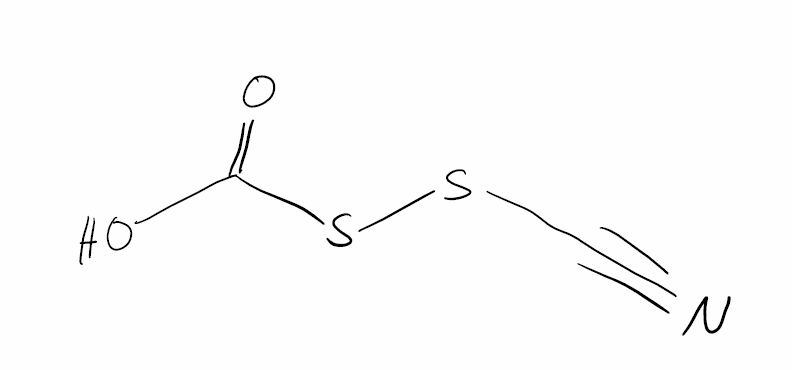
Simplified molecular-input line-entry system (SMILES) notation of the given molecule:
C(#N)SSC(=O)O